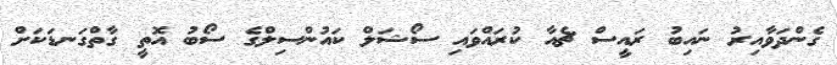
ގެންދަވާއިރު ނައިބު ރައީސް ޗެއާ ކުރައްވައި ސޯޝަލް ކައުންސިލްގެ ސޯބު އޮތީ ގާތްގަނޑަކަށް